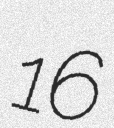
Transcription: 16